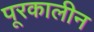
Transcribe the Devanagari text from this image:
पूरकालीन